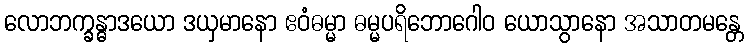
လောဘက္ခန္ဓာဒယော ဒယှမာနော ဧဝံဓမ္မာ ဓမ္မပရိဘောဂေါဝ ယောသွာနော အသာတမန္တေ